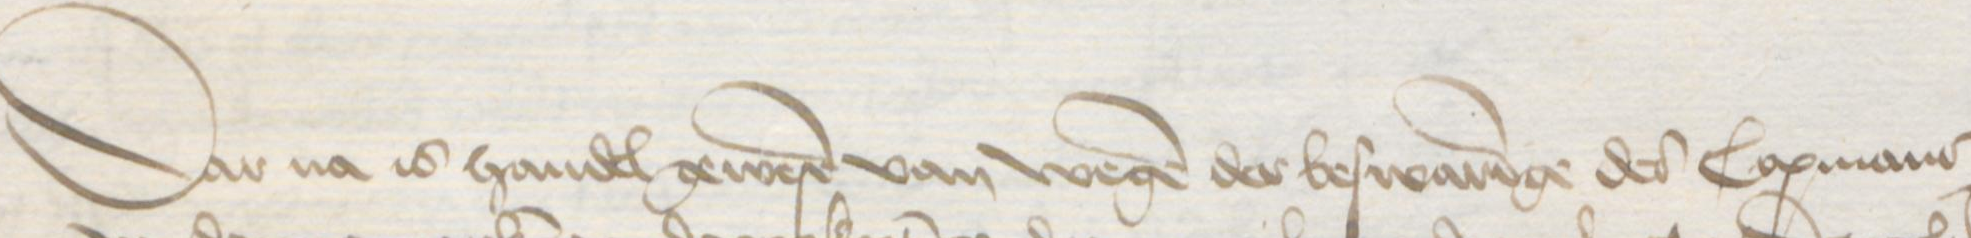
Dar na is handel gewereren van wegen der beswaringe des Copmans